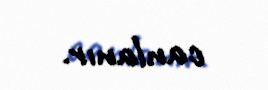
canlanır.